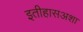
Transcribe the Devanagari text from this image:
इतीहासअशा